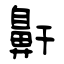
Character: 鼾